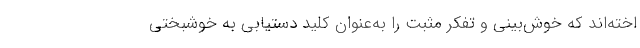
اخته‌اند که خوش‌بینی و تفکر مثبت را به‌عنوان کلید دستیابی به خوشبختی